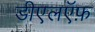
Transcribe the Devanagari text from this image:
डीएलऍफ़